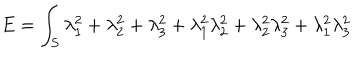
E = \int _ { S } \lambda _ { 1 } ^ { 2 } + \lambda _ { 2 } ^ { 2 } + \lambda _ { 3 } ^ { 2 } + \lambda _ { 1 } ^ { 2 } \lambda _ { 2 } ^ { 2 } + \lambda _ { 2 } ^ { 2 } \lambda _ { 3 } ^ { 2 } + \lambda _ { 1 } ^ { 2 } \lambda _ { 3 } ^ { 2 }